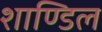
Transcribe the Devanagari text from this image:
शाण्डिल